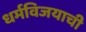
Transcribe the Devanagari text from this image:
धर्मविजयाची